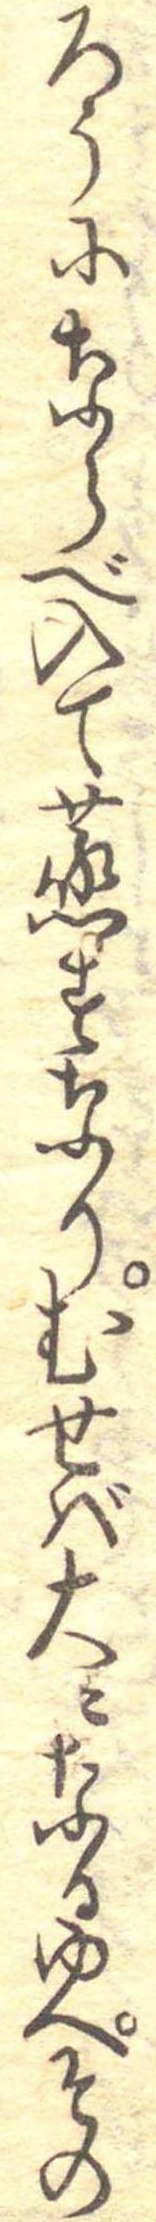
ろうにならべ入て蒸すなりむせば大になるゆへその